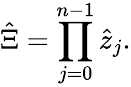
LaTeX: \hat{\Xi}=\prod_{j=0}^{n-1}\hat{z}_{j}.